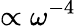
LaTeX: \propto\omega^{-4}